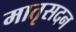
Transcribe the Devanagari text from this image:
मातृसदन